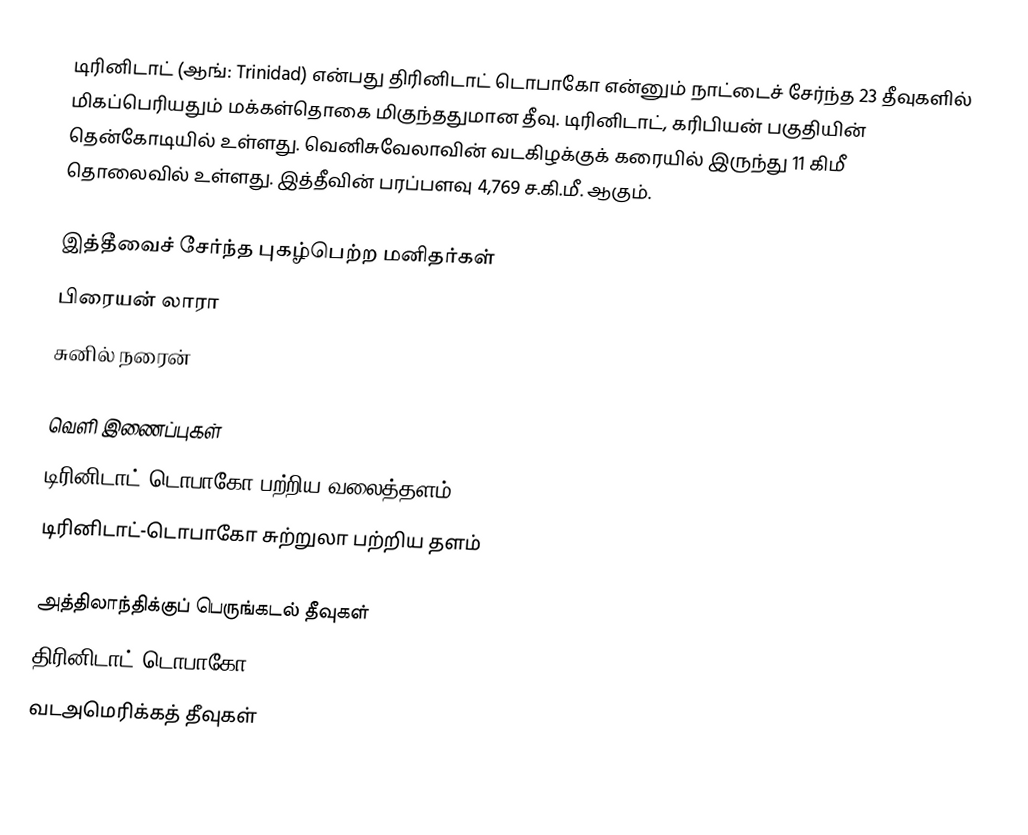
டிரினிடாட் (ஆங்: Trinidad) என்பது திரினிடாட் டொபாகோ என்னும் நாட்டைச் சேர்ந்த 23 தீவுகளில் மிகப்பெரியதும் மக்கள்தொகை மிகுந்ததுமான தீவு. டிரினிடாட், கரிபியன் பகுதியின் தென்கோடியில் உள்ளது. வெனிசுவேலாவின் வடகிழக்குக் கரையில் இருந்து 11 கிமீ தொலைவில் உள்ளது. இத்தீவின் பரப்பளவு 4,769 ச.கி.மீ. ஆகும்.

இத்தீவைச் சேர்ந்த புகழ்பெற்ற மனிதர்கள்
 பிரையன் லாரா
 சுனில் நரைன்

வெளி இணைப்புகள்
 டிரினிடாட்-டொபாகோ பற்றிய வலைத்தளம்
 டிரினிடாட்-டொபாகோ சுற்றுலா பற்றிய தளம்

அத்திலாந்திக்குப் பெருங்கடல் தீவுகள்
திரினிடாட் டொபாகோ
வடஅமெரிக்கத் தீவுகள்